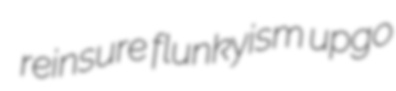
reinsure flunkyism upgo